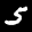
Label: 5